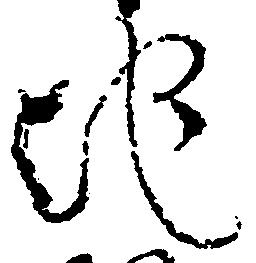
地